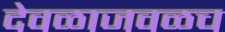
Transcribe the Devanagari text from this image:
देवळाजवळच